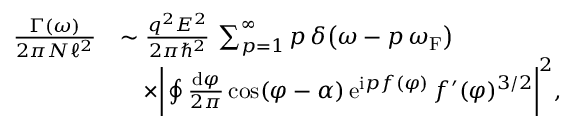
\begin{array} { r l } { \frac { \Gamma ( \omega ) } { 2 \pi N \ell ^ { 2 } } } & { \sim \frac { q ^ { 2 } E ^ { 2 } } { 2 \pi \hbar ^ { 2 } } \, \sum _ { p = 1 } ^ { \infty } p \, \delta \big ( \omega - p \, \omega _ { \mathrm { F } } \big ) } \\ & { \quad \times \bigg | \oint \frac { \mathrm { d } \varphi } { 2 \pi } \cos ( \varphi - \alpha ) \, \mathrm { e } ^ { \mathrm { i } p f ( \varphi ) } \, f ^ { \prime } ( \varphi ) ^ { 3 / 2 } \bigg | ^ { 2 } , } \end{array}